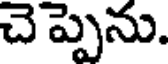
చెప్పెను.